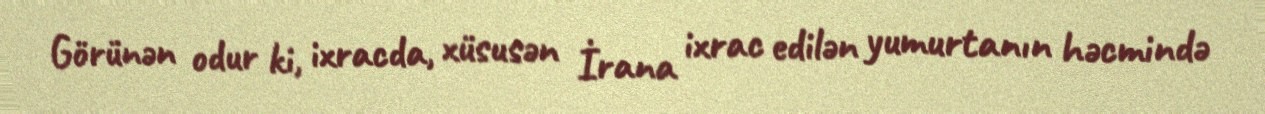
Görünən odur ki, ixracda, xüsusən İrana ixrac edilən yumurtanın həcmində